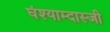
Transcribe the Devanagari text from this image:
घंश्याम्दास्जी